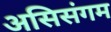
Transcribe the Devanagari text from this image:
असिसंगम